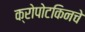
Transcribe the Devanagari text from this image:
क्रोपोटकिनचे